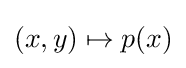
(x,y)\mapsto p(x)